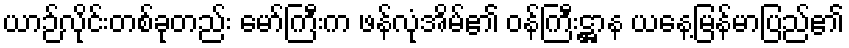
ယာဉ်လိုင်းတစ်ခုတည်း မော်ကြီးက ဖန်လုံအိမ်၏ ဝန်ကြီးဋ္ဌာန ယနေ့မြန်မာပြည်၏